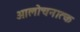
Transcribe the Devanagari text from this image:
आलोचनात्‍क